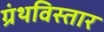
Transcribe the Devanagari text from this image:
ग्रंथविस्तार